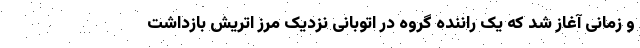
و زمانی آغاز شد که یک راننده گروه در اتوبانی نزدیک مرز اتریش بازداشت